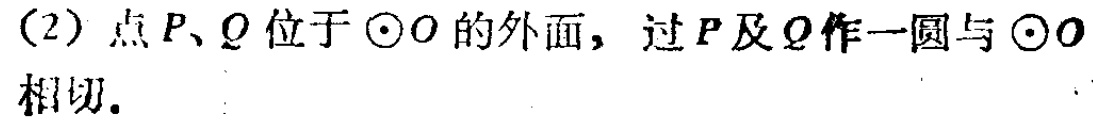
(2) 点\(P、Q\)位于\(\odot O\)的外面，过\(P\)及\(Q\)作一圆与\(\odot O\)相切.